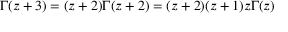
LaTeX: \Gamma ( z + 3 ) = ( z + 2 ) \Gamma ( z + 2 ) = ( z + 2 ) ( z + 1 ) z \Gamma ( z )